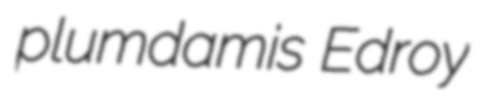
plumdamis Edroy